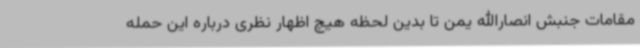
مقامات جنبش انصارالله یمن تا بدین لحظه هیچ اظهار نظری درباره این حمله